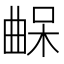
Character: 𣍀